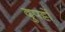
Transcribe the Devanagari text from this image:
दुपट्टों